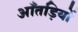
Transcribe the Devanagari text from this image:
आँतड़ियों